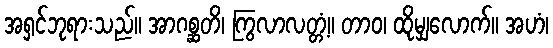
အရှင်ဘုရားသည်။ အာဂစ္ဆတိ၊ ကြွလာလတ္တံ့။ တာဝ၊ ထိုမျှလောက်။ အဟံ၊